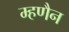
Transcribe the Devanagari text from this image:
म्हणैन